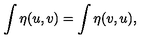
\int \eta ( u , v ) = \int \eta ( v , u ) ,